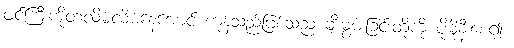
ဖင်ကြီးကိုတလိမ့်လိမ့်နေအောင် ကုန်သည်ဖြစ်သည် ချီးမွမ်းခြင်းတို့ကို ပိုမိုနီးစေ၍